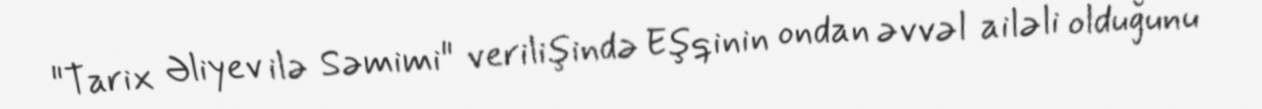
"Tarix Əliyev ilə Səmimi" verilişində Eşqinin ondan əvvəl ailəli olduğunu